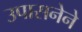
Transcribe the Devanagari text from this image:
उपासनेने